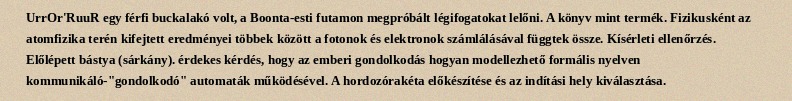
UrrOr'RuuR egy férfi buckalakó volt, a Boonta-esti futamon megpróbált légifogatokat lelőni. A könyv mint termék. Fizikusként az atomfizika terén kifejtett eredményei többek között a fotonok és elektronok számlálásával függtek össze. Kísérleti ellenőrzés. Előlépett bástya (sárkány). érdekes kérdés, hogy az emberi gondolkodás hogyan modellezhető formális nyelven kommunikáló-"gondolkodó" automaták működésével. A hordozórakéta előkészítése és az indítási hely kiválasztása.